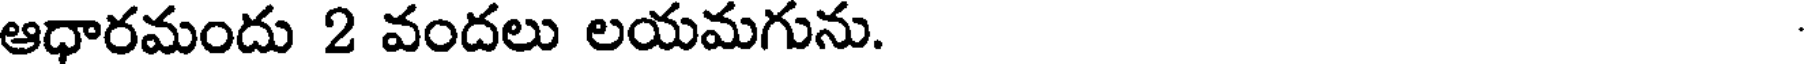
ఆధారమందు 2 వందలు లయమగును.